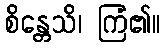
စိန္တေသိ၊ ကြံ၏။